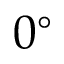
0 ^ { \circ }